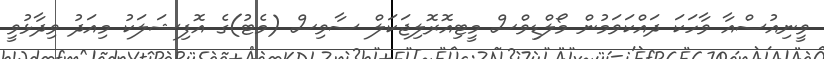
ވީނިއުސްއާ ވާހަކަ ދައްކަވަމުން މޯލްޑިވްސް މީޓިއޮރޮލިޖަކަލް ސާވިސް (މެޓު)ގެ އޮފިޝަލަކު މިއަދު ވިދާޅުވީ